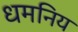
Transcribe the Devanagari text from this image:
धमनिय